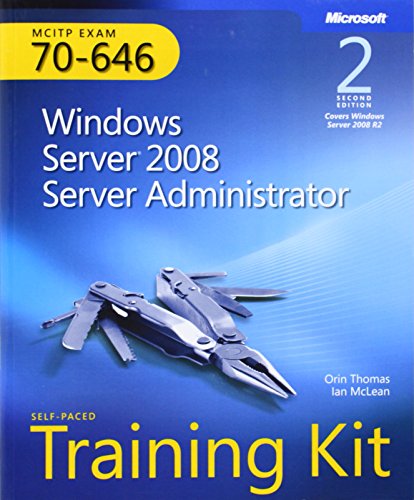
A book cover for Self-Paced Training Kit (Exam 70-646) Windows Server 2008 Server Administrator (MCITP) (2nd Edition) (Microsoft Press Training Kit); Ian McLean; Computers & Technology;